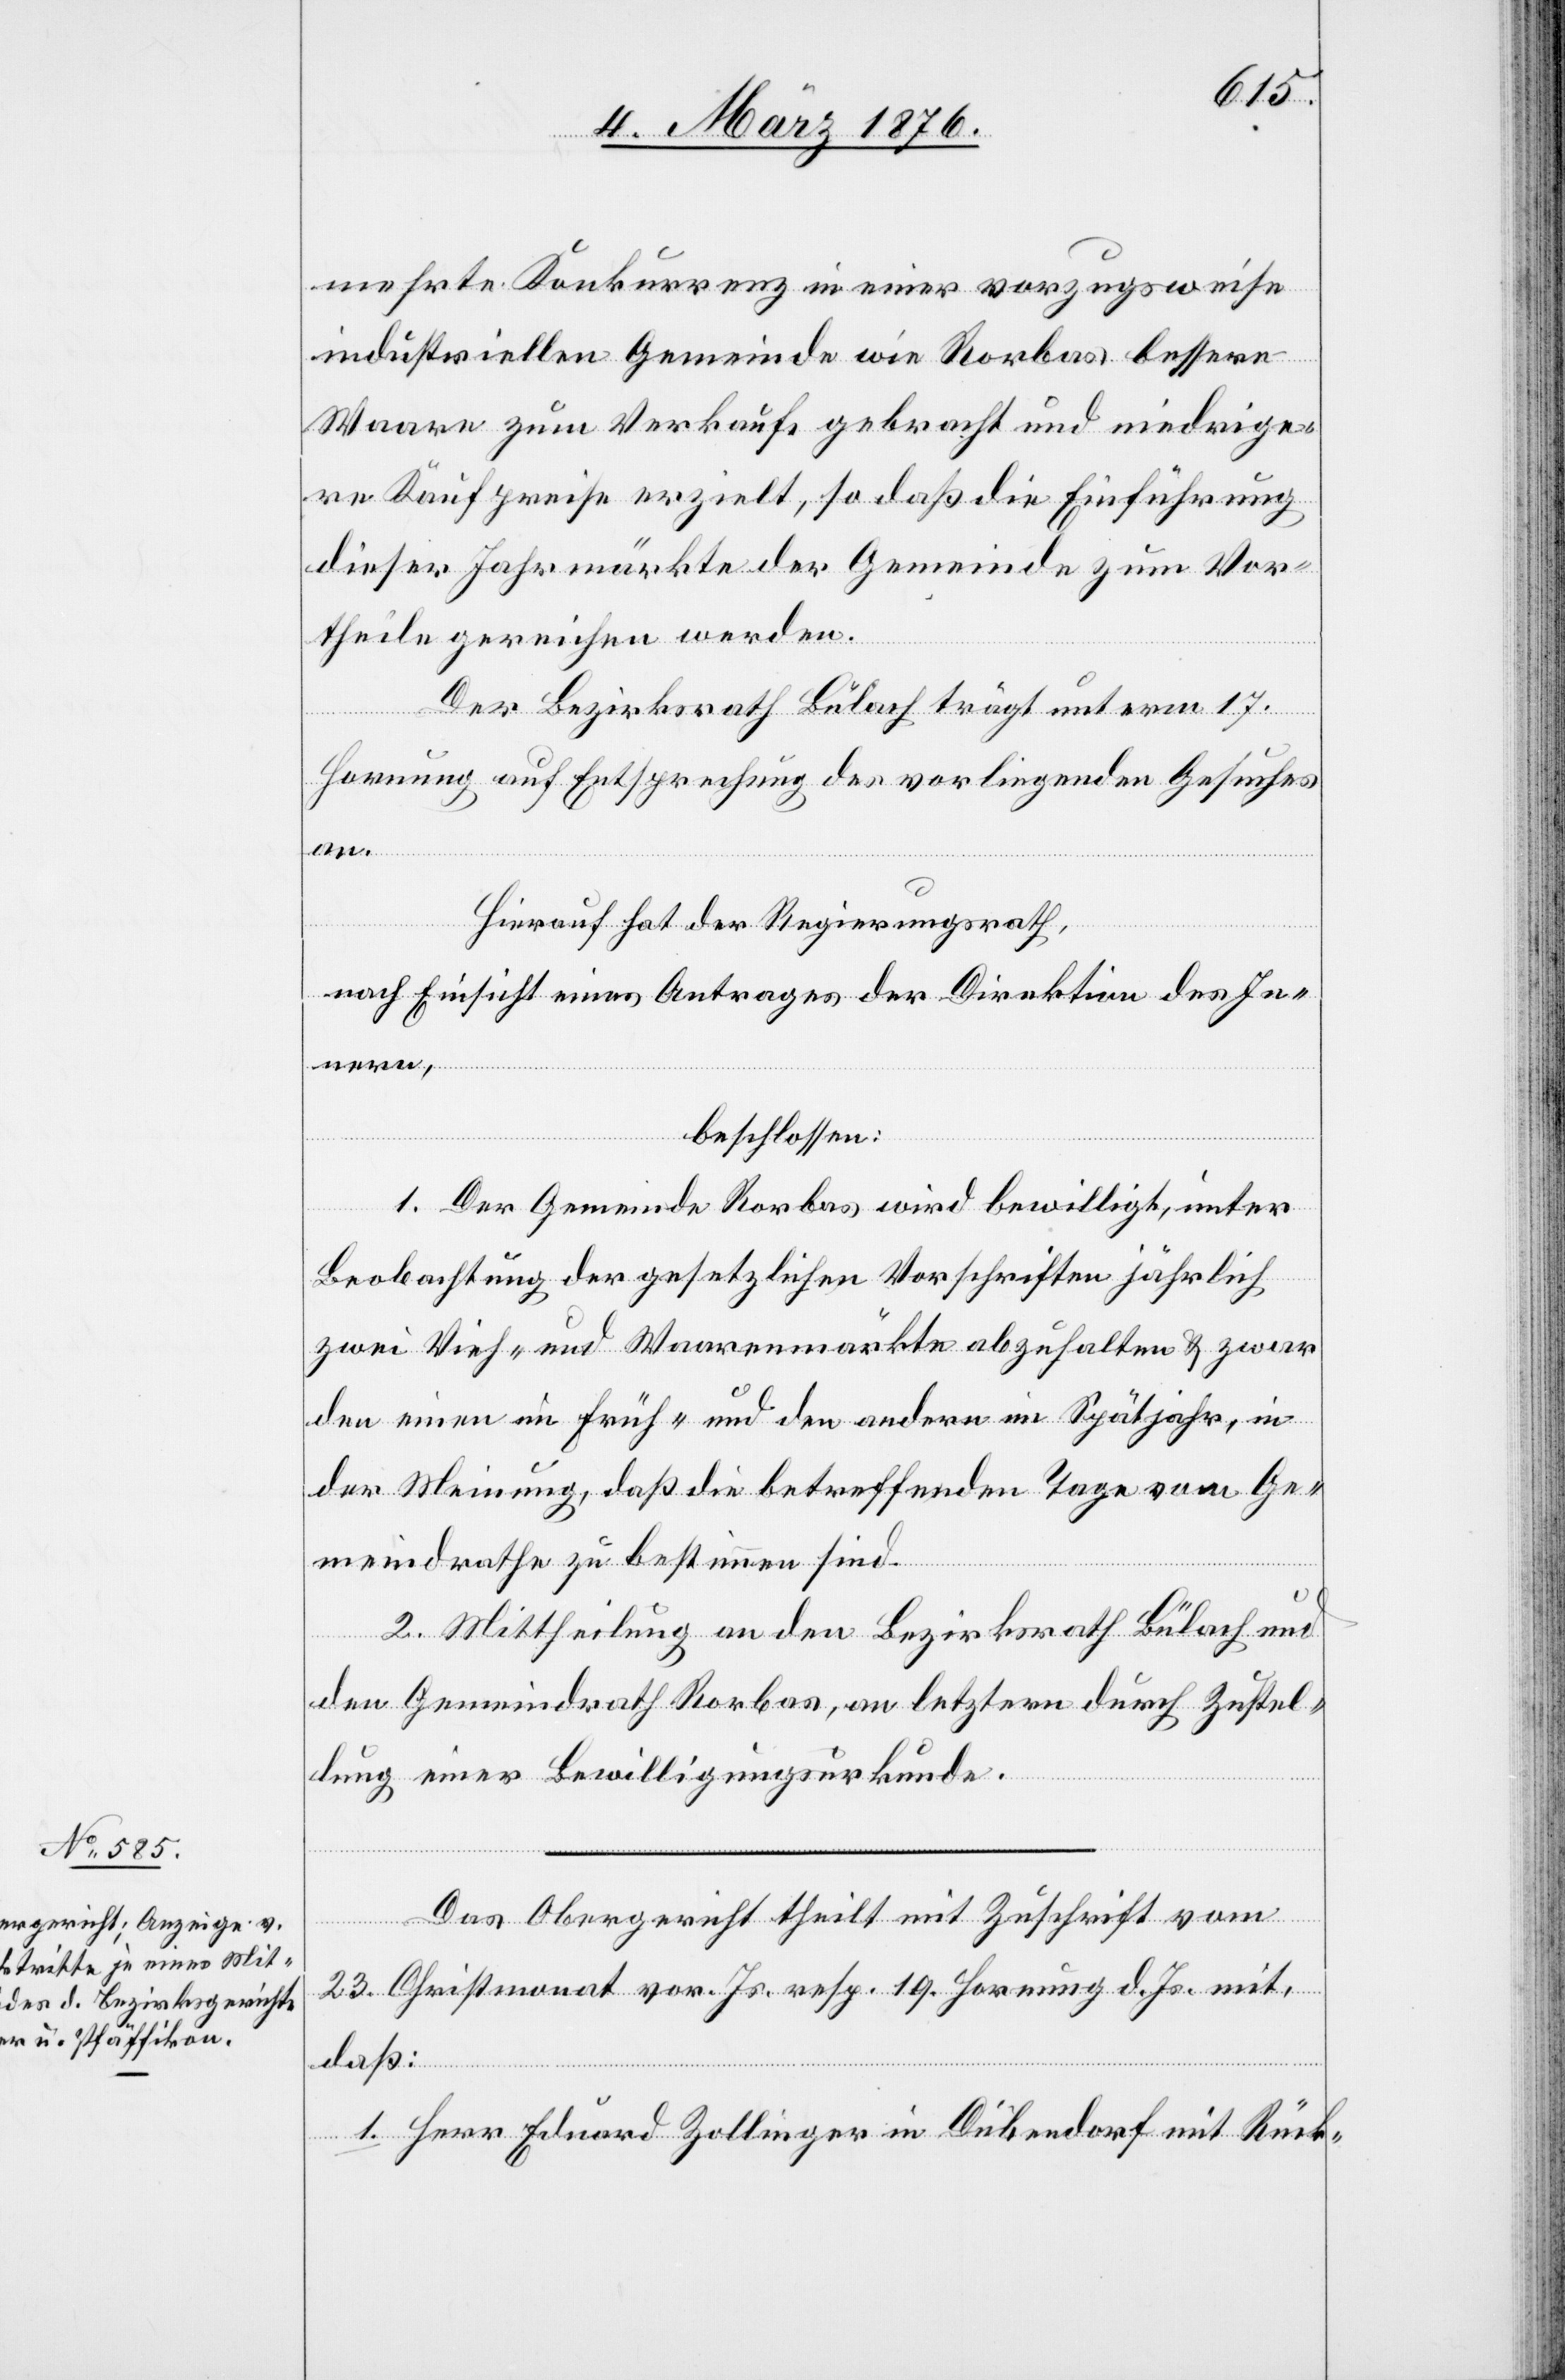
mehrte Konkurrenz in einer vorzugsweise
industriellen Gemeinde wie Rorbas bessere
Waaren zum Verkaufe gebracht und niedrige¬
re Kaufpreise erzielt, so daß die Einführung
dieser Jahrmärkte der Gemeinde zum Vor¬
theile gereichen werden.
Der Bezirksrath Bülach trägt unterm 17.
Hornung auf Entsprechung des vorliegenden Gesuches
an.
Hierauf hat der Regierungsrath,
nach Einsicht eines Antrages der Direktion des In¬
beschlossen:
1. Der Gemeinde Rorbas wird bewilligt, unter
Beobachtung der gesetzlichen Vorschriften jährlich
zwei Vieh- und Waarenmärkte abzuhalten & zwar
den einen im Früh- und den andern im Spätjahr, in
der Meinung, daß die betreffenden Tage vom Ge¬
meindrathe zu bestimmen sind.
2. Mittheilung an den Bezirksrath Bülach und
an
den Gemeindrath Rorbas, an letztern durch Zustel¬
lung einer Bewilligungsurkunde.
Das Obergericht theilt mit Zuschrift vom
23. Christmonat vor. Js. resp. 19. Hornung d. Js. mit,
daß:
1. Herr Eduard Zollinger in Dübendorf mit Rück-